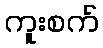
ကူးစက်